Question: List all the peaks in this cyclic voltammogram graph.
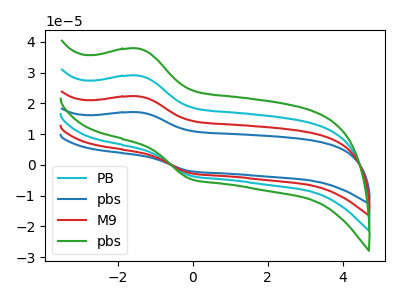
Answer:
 <answer>The cyan curve "PB" has an anodic peak at (-1.45V, 29.00uA) and a cathodic peak at (-0.05V, -3.50uA). The blue curve "pbs" has an anodic peak at (-1.45V, 87.00uA) and a cathodic peak at (-0.05V, -10.55uA). The red curve "M9" has an anodic peak at (-1.45V, 58.00uA) and a cathodic peak at (-0.05V, -7.05uA). The green curve "pbs" has an anodic peak at (-1.45V, 37.80uA) and a cathodic peak at (-0.05V, -4.60uA).</answer>
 <eval></eval>